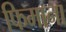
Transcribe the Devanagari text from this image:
फिमाना